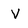
Character: V